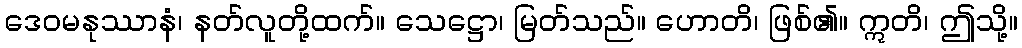
ဒေဝမနုဿာနံ၊ နတ်လူတို့ထက်။ သေဋ္ဌော၊ မြတ်သည်။ ဟောတိ၊ ဖြစ်၏။ ဣတိ၊ ဤသို့။